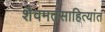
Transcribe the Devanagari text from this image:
शैवमतसाहित्यांत